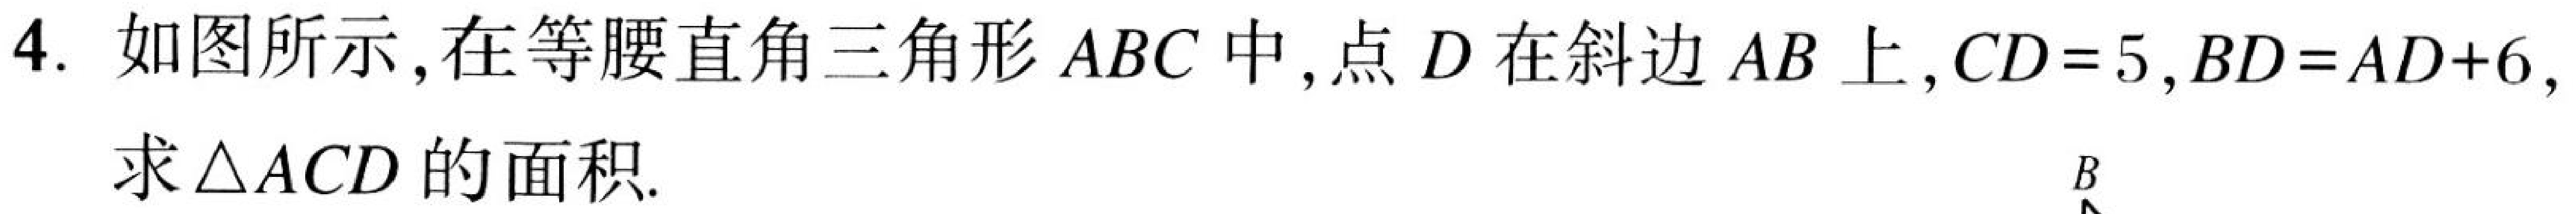
4. 如图所示，在等腰直角三角形 \(ABC\) 中，点 \(D\) 在斜边 \(AB\) 上，\(CD = 5\)，\(BD=AD + 6\)，
求\(\triangle ACD\)的面积.